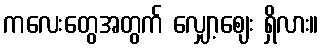
ကလေးတွေအတွက် လျှော့ဈေး ရှိလား။